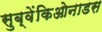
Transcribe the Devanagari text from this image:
सुब्वेंकिओनाडस